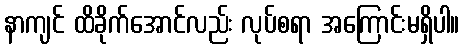
နာကျင် ထိခိုက်အောင်လည်း လုပ်စရာ အကြောင်းမရှိပါ။